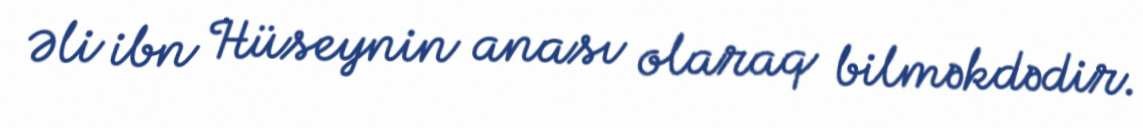
Əli ibn Hüseynin anası olaraq bilməkdədir.